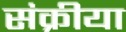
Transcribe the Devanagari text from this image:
संक्रीया